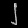
Digit: ၂